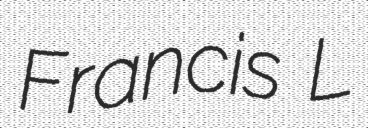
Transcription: Francis L